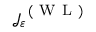
\mathcal { J } _ { \varepsilon } ^ { \mathrm { ~ ( ~ W ~ L ~ ) ~ } }